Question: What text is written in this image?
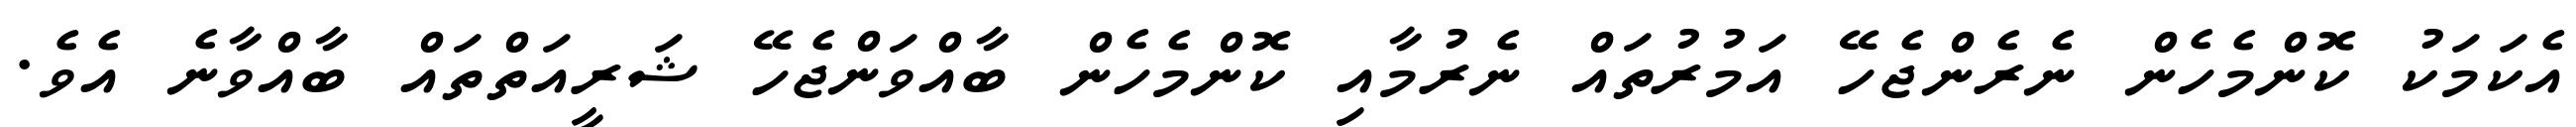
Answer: އެކަމަކު ކޮންމެހެން ނެރެންޖެހޭ އަމުރުތައް ނެރުމާއި ކޮންމެހެން ބާއްވަންޖެހޭ ޝަރީއަތްތައް ބާއްވާނެ އެވެ.